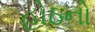
હોઠનો